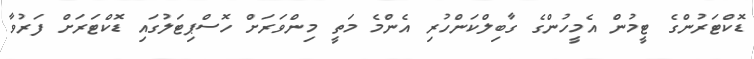
ޑޮކްޓަރުންގެ ޓީމުން އެމީހުންގެ ގާބިލްކަންހުރި އެންމެ މަތީ މިންވަރަށް ހޮސްޕިޓަލުގައި ޑޮކްޓަރަށް ފަރުވާ